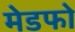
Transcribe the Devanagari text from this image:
मेडफो